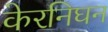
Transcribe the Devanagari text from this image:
केरनिघन